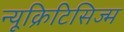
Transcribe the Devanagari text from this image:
न्यूक्रिटिसिज्म